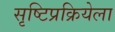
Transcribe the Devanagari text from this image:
सृष्टिप्रक्रियेला